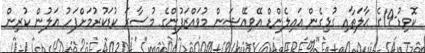
ކޮވިޑު-19ގެ ޙާލަތާއި ގުޅިގެން އައިލެންޑް އޭވިއޭޝަން މުވައްޒަފުންގެ މުސާރަ ކުޑަކުރުމަށްފަހު އަލުން ކުރިން